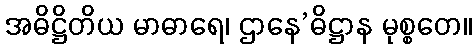
အဓိဋ္ဌိတိယ မာဓာရေ၊ ဌာနေ’ဓိဋ္ဌာန မုစ္စတေ။